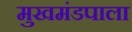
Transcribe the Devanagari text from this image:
मुखमंडपाला